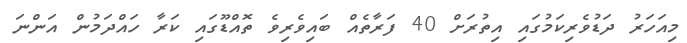
މިއަހަރު ދަޑުވެރިކަމުގައި އިތުރަށް 40 ފަރާތެއް ބައިވެރިވެ ތޮއްޑޫގައި ކަރާ ހައްދަމުން އަންނަ